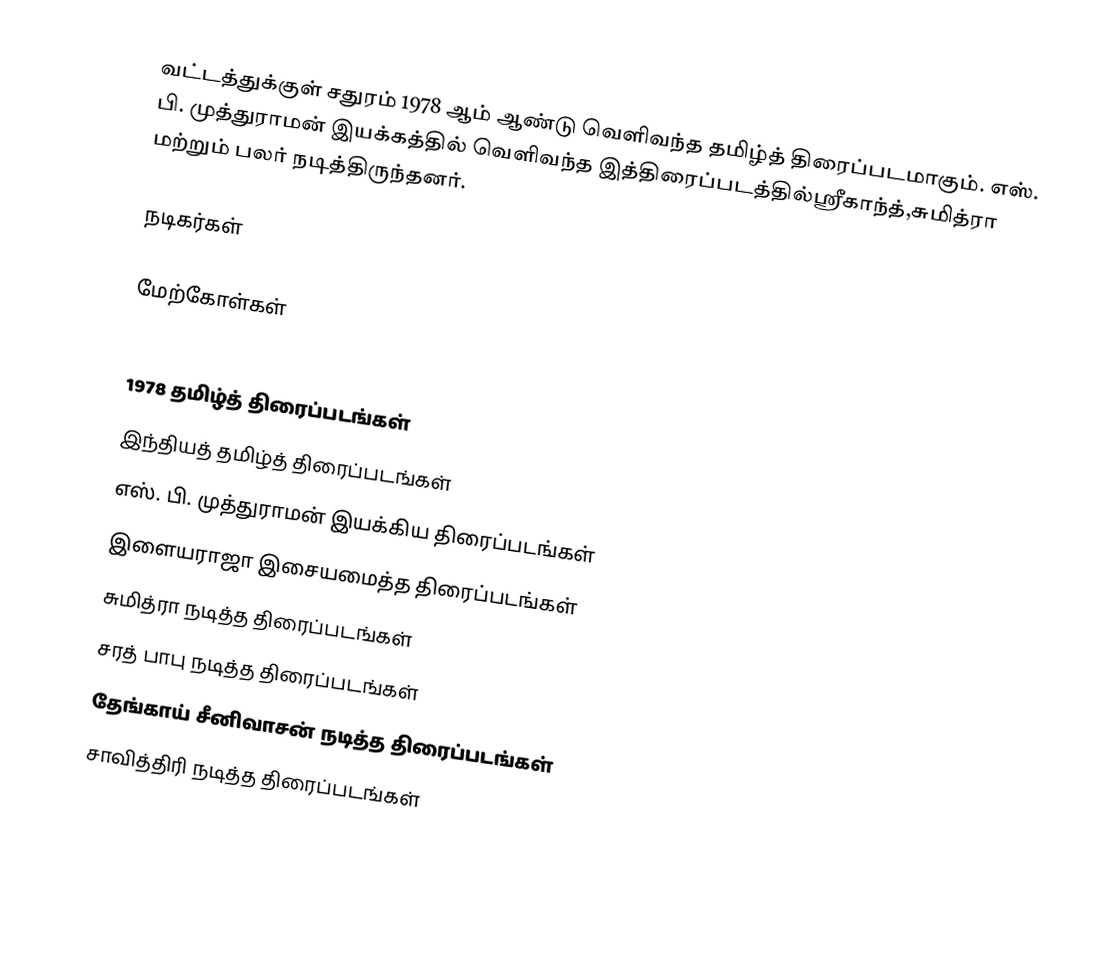
வட்டத்துக்குள் சதுரம் 1978 ஆம் ஆண்டு வெளிவந்த தமிழ்த் திரைப்படமாகும். எஸ். பி. முத்துராமன் இயக்கத்தில் வெளிவந்த இத்திரைப்படத்தில்ஸ்ரீகாந்த்,சுமித்ரா மற்றும் பலர் நடித்திருந்தனர்.

நடிகர்கள்

மேற்கோள்கள்

1978 தமிழ்த் திரைப்படங்கள்
இந்தியத் தமிழ்த் திரைப்படங்கள்
எஸ். பி. முத்துராமன் இயக்கிய திரைப்படங்கள்
இளையராஜா இசையமைத்த திரைப்படங்கள்
சுமித்ரா நடித்த திரைப்படங்கள்
சரத் பாபு நடித்த திரைப்படங்கள்
தேங்காய் சீனிவாசன் நடித்த திரைப்படங்கள்
சாவித்திரி நடித்த திரைப்படங்கள்